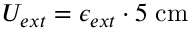
U _ { e x t } = \epsilon _ { e x t } \cdot 5 \; \mathrm { c m }